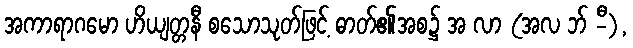
အကာရာဂမော ဟိယျတ္တနီ စသောသုတ်ဖြင့် ဓာတ်၏အစ၌ အ လာ (အလ ဘ် -ီ),